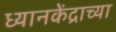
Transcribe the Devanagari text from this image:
ध्यानकेंद्राच्या